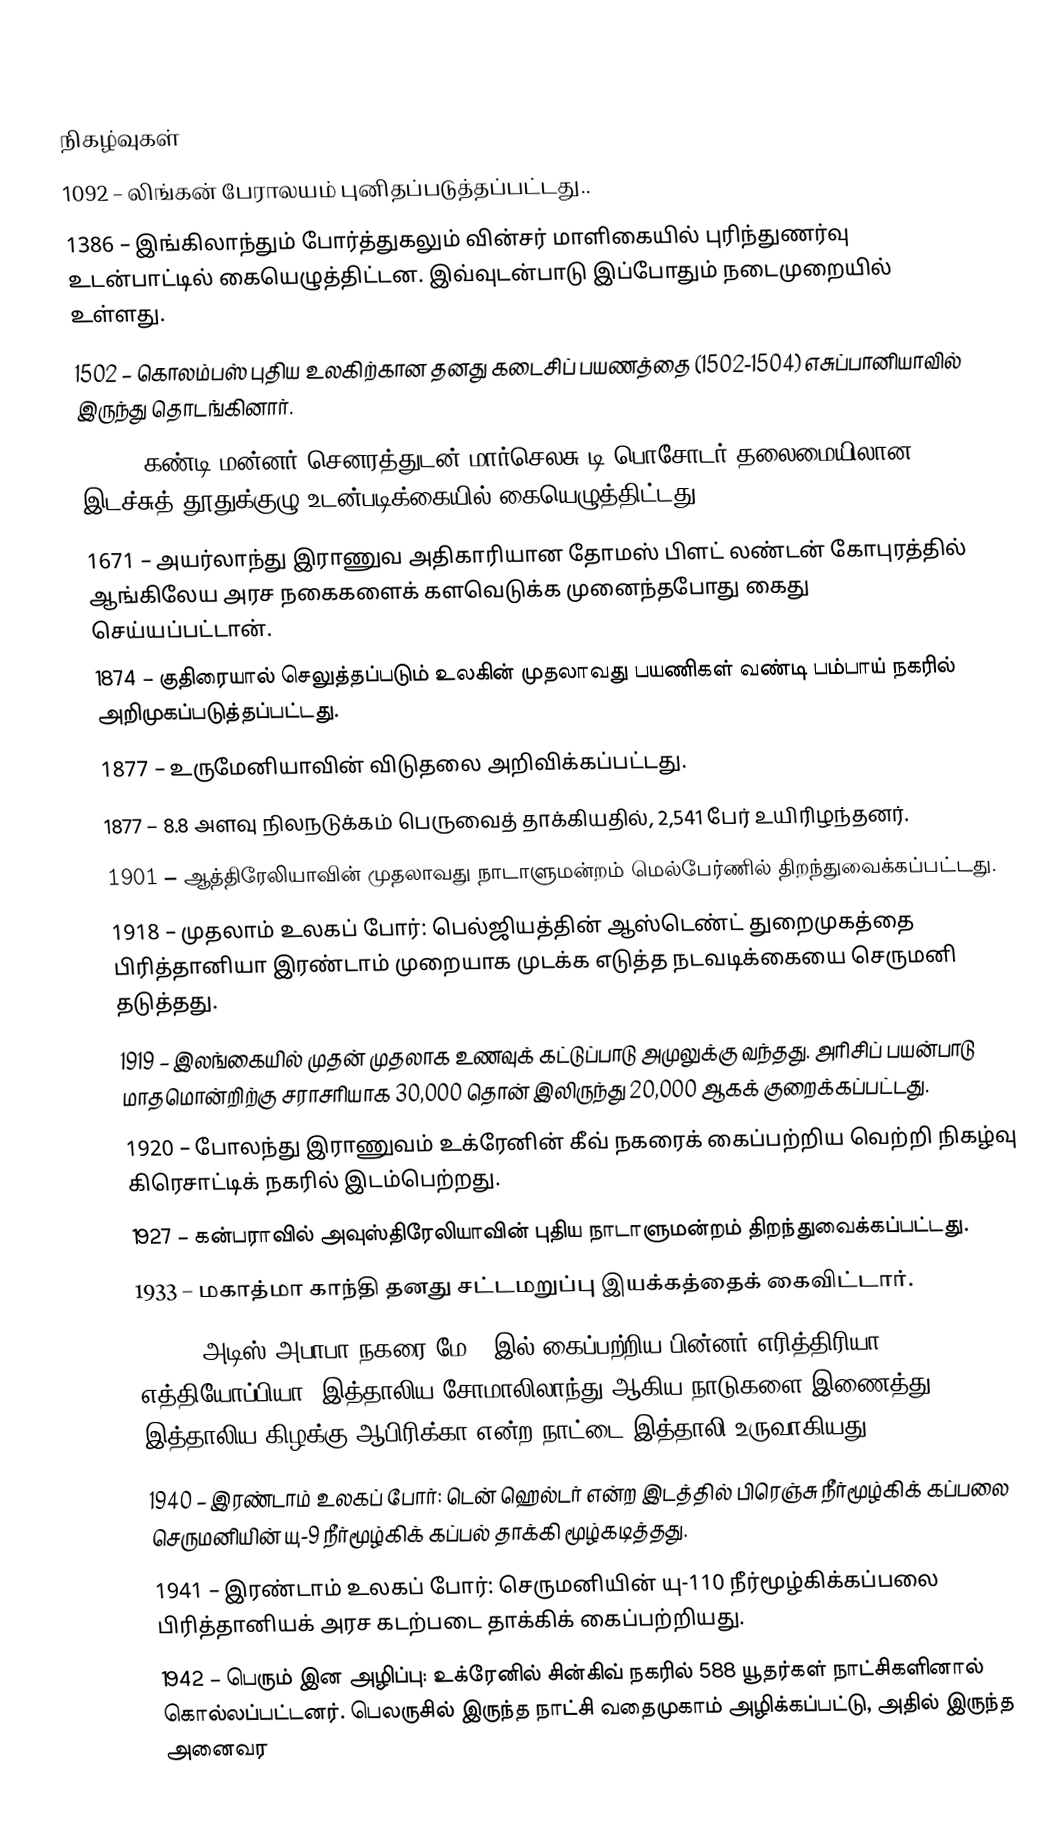

நிகழ்வுகள்
1092 – லிங்கன் பேராலயம் புனிதப்படுத்தப்பட்டது..
1386 – இங்கிலாந்தும் போர்த்துகலும் வின்சர் மாளிகையில் புரிந்துணர்வு உடன்பாட்டில் கையெழுத்திட்டன. இவ்வுடன்பாடு இப்போதும் நடைமுறையில் உள்ளது.
1502 – கொலம்பஸ் புதிய உலகிற்கான தனது கடைசிப் பயணத்தை (1502-1504) எசுப்பானியாவில் இருந்து தொடங்கினார்.
1612 – கண்டி மன்னர் செனரத்துடன் மார்செலசு டி பொசோடர் தலைமையிலான இடச்சுத் தூதுக்குழு உடன்படிக்கையில் கையெழுத்திட்டது.
1671 – அயர்லாந்து இராணுவ அதிகாரியான தோமஸ் பிளட் லண்டன் கோபுரத்தில் ஆங்கிலேய அரச நகைகளைக் களவெடுக்க முனைந்தபோது கைது செய்யப்பட்டான்.
1874 – குதிரையால் செலுத்தப்படும் உலகின் முதலாவது பயணிகள் வண்டி பம்பாய் நகரில் அறிமுகப்படுத்தப்பட்டது.
1877 – உருமேனியாவின் விடுதலை அறிவிக்கப்பட்டது.
1877 – 8.8 அளவு நிலநடுக்கம் பெருவைத் தாக்கியதில், 2,541 பேர் உயிரிழந்தனர்.
1901 – ஆத்திரேலியாவின் முதலாவது நாடாளுமன்றம் மெல்பேர்ணில் திறந்துவைக்கப்பட்டது.
1918 – முதலாம் உலகப் போர்: பெல்ஜியத்தின் ஆஸ்டெண்ட் துறைமுகத்தை பிரித்தானியா இரண்டாம் முறையாக முடக்க எடுத்த நடவடிக்கையை செருமனி தடுத்தது.
1919 – இலங்கையில் முதன் முதலாக உணவுக் கட்டுப்பாடு அமுலுக்கு வந்தது. அரிசிப் பயன்பாடு மாதமொன்றிற்கு சராசரியாக 30,000 தொன் இலிருந்து 20,000 ஆகக் குறைக்கப்பட்டது.
1920 – போலந்து இராணுவம் உக்ரேனின் கீவ் நகரைக் கைப்பற்றிய வெற்றி நிகழ்வு கிரெசாட்டிக் நகரில் இடம்பெற்றது.
1927 – கன்பராவில் அவுஸ்திரேலியாவின் புதிய நாடாளுமன்றம் திறந்துவைக்கப்பட்டது.
1933 – மகாத்மா காந்தி தனது சட்டமறுப்பு இயக்கத்தைக் கைவிட்டார்.
1936 – அடிஸ் அபாபா நகரை மே 5 இல் கைப்பற்றிய பின்னர் எரித்திரியா, எத்தியோப்பியா, இத்தாலிய சோமாலிலாந்து ஆகிய நாடுகளை இணைத்து இத்தாலிய கிழக்கு ஆபிரிக்கா என்ற நாட்டை இத்தாலி உருவாகியது.
1940 – இரண்டாம் உலகப் போர்: டென் ஹெல்டர் என்ற இடத்தில் பிரெஞ்சு நீர்மூழ்கிக் கப்பலை செருமனியின் யு-9 நீர்மூழ்கிக் கப்பல் தாக்கி மூழ்கடித்தது.
1941 – இரண்டாம் உலகப் போர்: செருமனியின் யு-110 நீர்மூழ்கிக்கப்பலை பிரித்தானியக் அரச கடற்படை தாக்கிக் கைப்பற்றியது.
1942 – பெரும் இன அழிப்பு: உக்ரேனில் சின்கிவ் நகரில் 588 யூதர்கள் நாட்சிகளினால் கொல்லப்பட்டனர். பெலருசில் இருந்த நாட்சி வதைமுகாம் அழிக்கப்பட்டு, அதில் இருந்த அனைவர